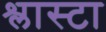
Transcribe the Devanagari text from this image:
श्लास्टा